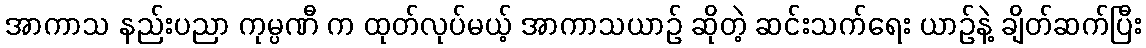
အာကာသ နည်းပညာ ကုမ္ပဏီ က ထုတ်လုပ်မယ့် အာကာသယာဉ် ဆိုတဲ့ ဆင်းသက်ရေး ယာဉ်နဲ့ ချိတ်ဆက်ပြီး